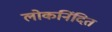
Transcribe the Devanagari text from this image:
लोकनिंदित